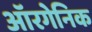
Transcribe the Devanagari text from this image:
ऑरगेनिक